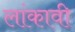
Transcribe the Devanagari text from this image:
लांकावी